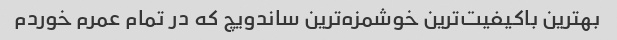
بهترین باکیفیت‌ترین خوشمزه‌ترین ساندویچ که در تمام عمرم خوردم